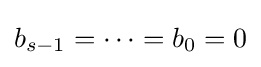
b_{s-1}=\cdots =b_{0}=0